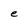
Character: e